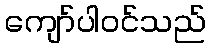
ကျော်ပါဝင်သည်